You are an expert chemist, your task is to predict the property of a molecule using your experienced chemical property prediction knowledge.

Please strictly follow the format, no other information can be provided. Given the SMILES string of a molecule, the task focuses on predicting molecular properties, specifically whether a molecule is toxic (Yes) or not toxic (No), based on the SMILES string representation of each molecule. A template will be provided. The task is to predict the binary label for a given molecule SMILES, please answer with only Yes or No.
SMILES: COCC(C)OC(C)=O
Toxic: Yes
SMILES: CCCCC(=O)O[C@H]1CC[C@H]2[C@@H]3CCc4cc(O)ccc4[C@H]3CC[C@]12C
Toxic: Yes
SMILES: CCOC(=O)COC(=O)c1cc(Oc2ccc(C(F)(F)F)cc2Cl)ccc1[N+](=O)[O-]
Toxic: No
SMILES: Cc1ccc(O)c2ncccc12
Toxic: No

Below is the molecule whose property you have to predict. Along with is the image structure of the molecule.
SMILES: O=C1NC2CCCCN2C12CCN(CCCN1c3ccccc3CCc3ccc(Cl)cc31)CC2
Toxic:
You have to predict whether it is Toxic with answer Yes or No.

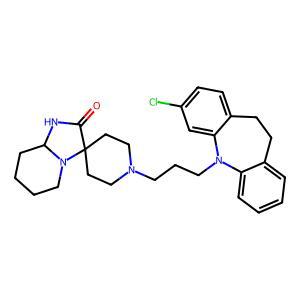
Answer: No